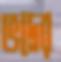
ভদ্রের